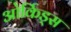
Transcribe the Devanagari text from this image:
ओर्किड्स